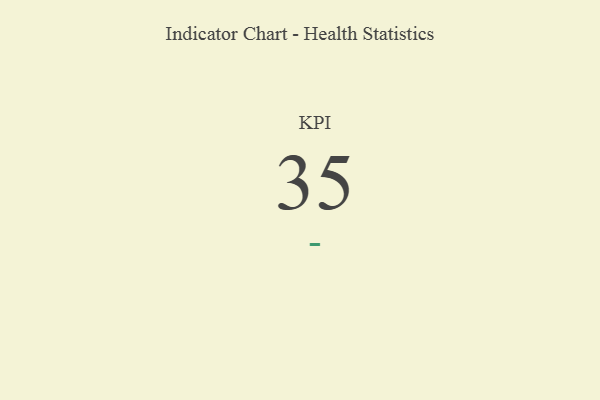
{"axis": {"x": "KPI", "y": "Value"}, "legend": [""], "data": [{"x": "KPI", "y": 35, "type": ""}]}